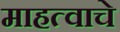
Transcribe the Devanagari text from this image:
माहत्वाचे